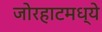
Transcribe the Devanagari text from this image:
जोरहाटमध्ये